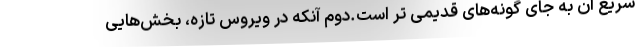
سریع آن به جای گونه‌های قدیمی تر است.دوم آنکه در ویروس تازه، بخش‌هایی